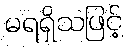
မရရှိသဖြင့်